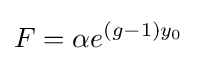
F=\alpha e^{(g-1)y_{0}}